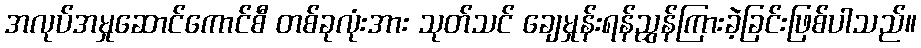
အလုပ်အမှုဆောင်ကောင်စီ တစ်ခုလုံးအား သုတ်သင် ချေမှုန်းရန်ညွှန်ကြားခဲ့ခြင်းဖြစ်ပါသည်။